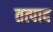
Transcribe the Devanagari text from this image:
तत्पाद